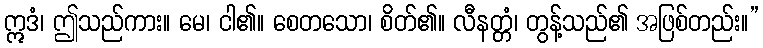
ဣဒံ၊ ဤသည်ကား။ မေ၊ ငါ၏။ စေတသော၊ စိတ်၏။ လီနတ္တံ၊ တွန့်သည်၏ အဖြစ်တည်း။”